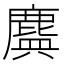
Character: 𪊻